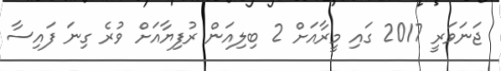
ޖަނަވަރީ 2017 ގައި މީރާއަށް 2 ބިލިއަން ރުފިޔާއަށް ވުރެ ގިނަ ފައިސާ